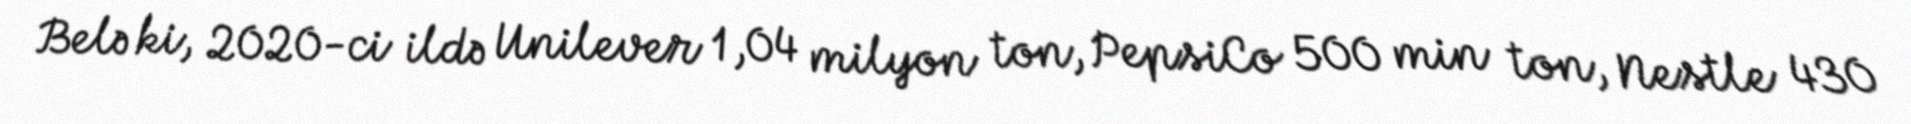
Belə ki, 2020-ci ildə Unilever 1,04 milyon ton, PepsiCo 500 min ton, Nestle 430